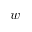
\bar { w }